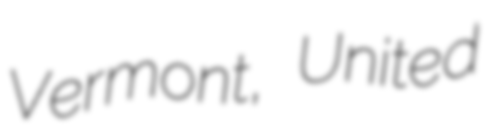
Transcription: Vermont, United